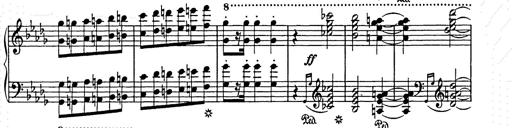
Title: Weihnachtsbaum
Composer: Franz Liszt